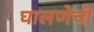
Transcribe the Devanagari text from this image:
घालणेची